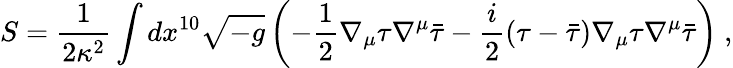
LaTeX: S=\frac{1}{2\kappa^{2}}\int dx^{10}\sqrt{-g}\left(-\frac{1}{2}\nabla_{\mu}\tau\nabla^{\mu}\bar{\tau}-\frac{i}{2}(\tau-\bar{\tau})\nabla_{\mu}\tau\nabla^{\mu}\bar{\tau}\right)~,